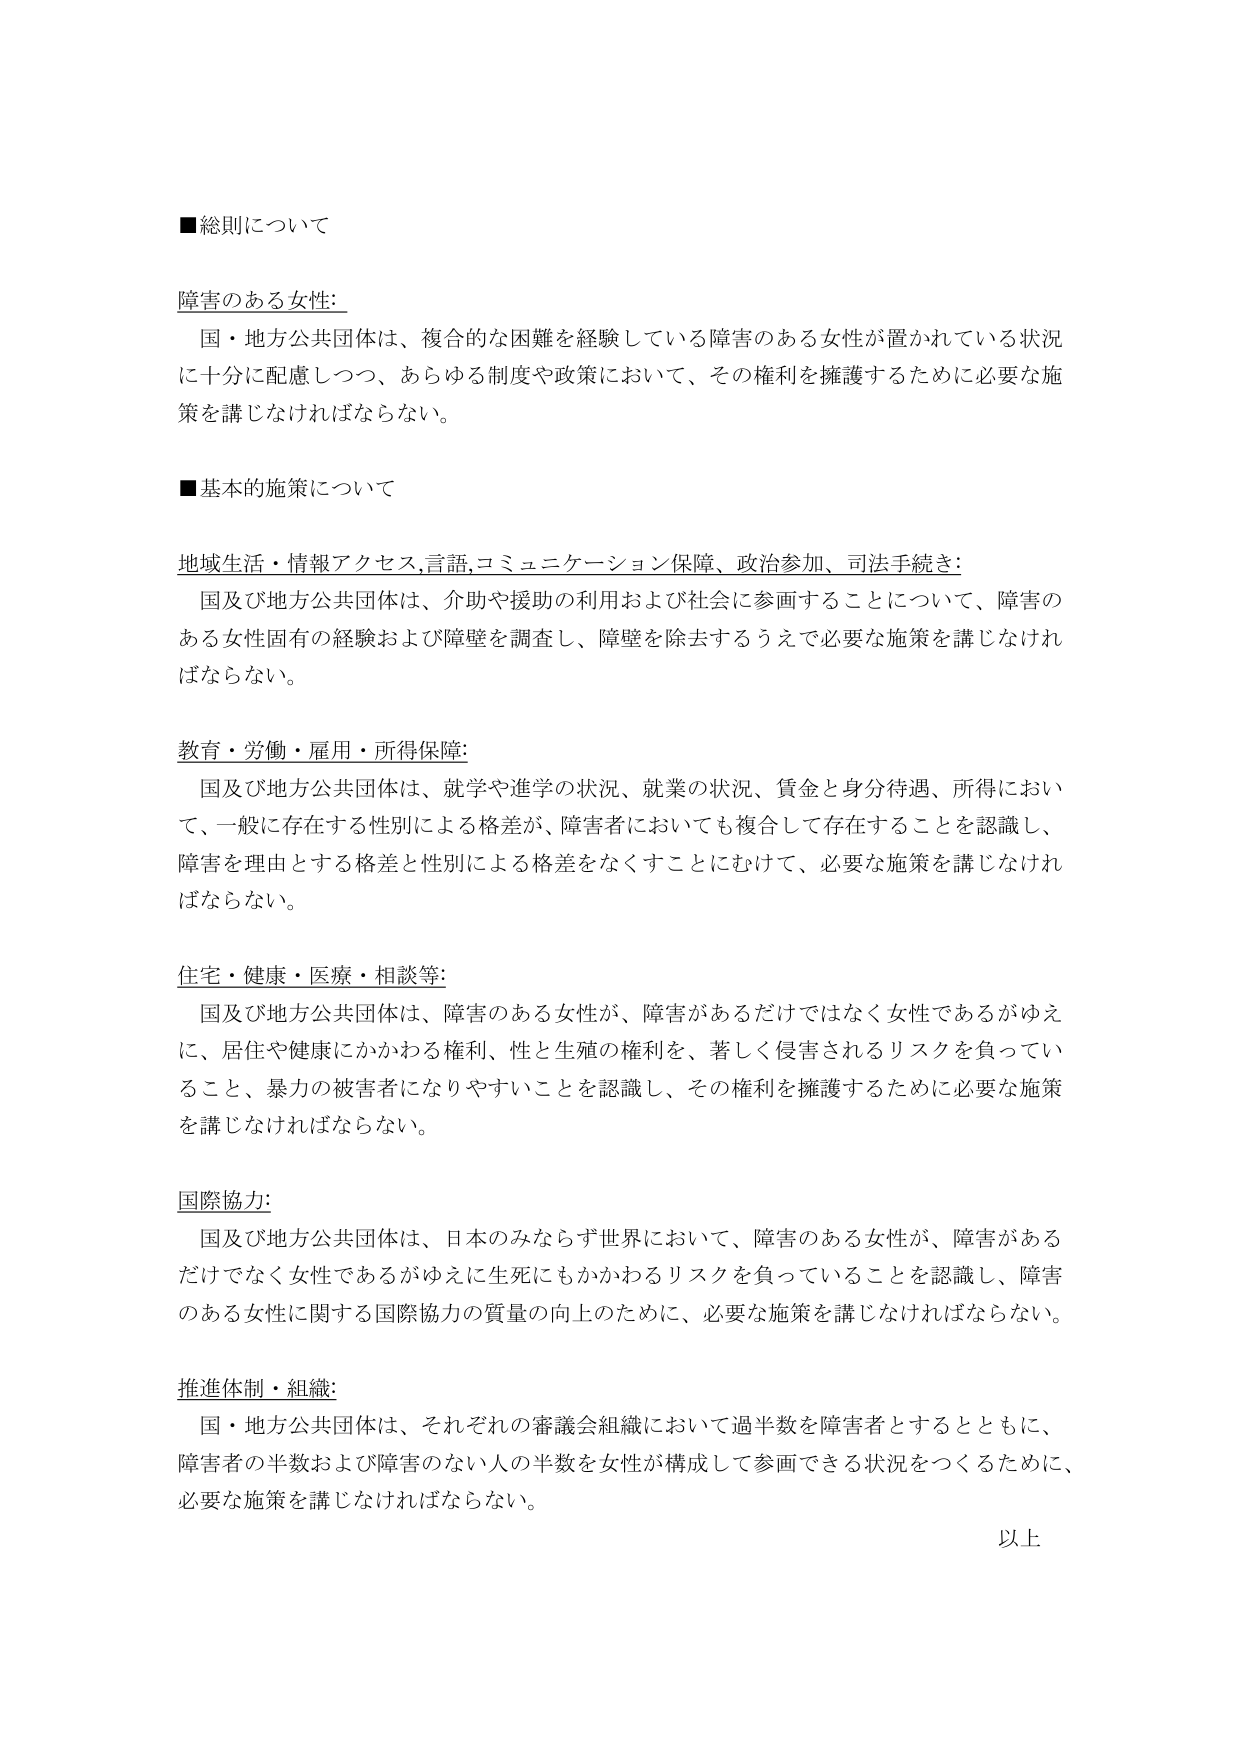
■総則について

障害のある女性:
　国・地方公共団体は、複合的な困難を経験している障害のある女性が置かれている状況に十分に配慮しつつ、あらゆる制度や政策において、その権利を擁護するために必要な施策を講じなければならない。

■基本的施策について

地域生活・情報アクセス,言語,コミュニケーション保障、政治参加、司法手続き:
　国及び地方公共団体は、介助や援助の利用および社会に参画することについて、障害のある女性固有の経験および障壁を調査し、障壁を除去するうえで必要な施策を講じなければならない。

教育・労働・雇用・所得保障:
　国及び地方公共団体は、就学や進学の状況、就業の状況、賃金と身分待遇、所得において、一般に存在する性別による格差が、障害者においても複合して存在することを認識し、障害を理由とする格差と性別による格差をなくすことにむけて、必要な施策を講じなければならない。

住宅・健康・医療・相談等:
　国及び地方公共団体は、障害のある女性が、障害があるだけではなく女性であるがゆえに、居住や健康にかかわる権利、性と生殖の権利を、著しく侵害されるリスクを負っていること、暴力の被害者になりやすいことを認識し、その権利を擁護するために必要な施策を講じなければならない。

国際協力:
　国及び地方公共団体は、日本のみならず世界において、障害のある女性が、障害があるだけでなく女性であるがゆえに生死にもかかわるリスクを負っていることを認識し、障害のある女性に関する国際協力の質量の向上のために、必要な施策を講じなければならない。

推進体制・組織:
　国・地方公共団体は、それぞれの審議会組織において過半数を障害者とするとともに、障害者の半数および障害のない人の半数を女性が構成して参画できる状況をつくるために、必要な施策を講じなければならない。

以上